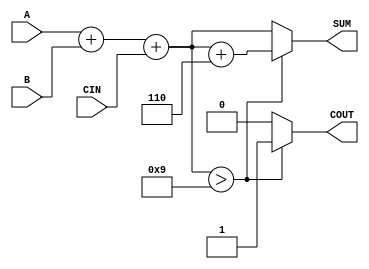
module BCD_Conditional_Adder (
    input  wire [3:0] A,    // First BCD operand
    input  wire [3:0] B,    // Second BCD operand
    input  wire CIN,        // Carry input
    output reg  [3:0] SUM,  // BCD sum output
    output reg  COUT        // Carry output
);

    // Internal wires for sum calculation
    wire [4:0] S;           // 5-bit sum to hold A + B + CIN
    assign S = A + B + CIN; // Perform binary addition

    always @(*) begin
        // Check if correction is needed
        if (S[3:0] > 9) begin
            SUM = S[3:0] + 4'b0110; // Apply correction by adding 6
            COUT = 1'b1;            // Set carry out
        end else begin
            SUM = S[3:0];           // No correction needed
            COUT = 1'b0;            // Clear carry out
        end
    end

endmodule